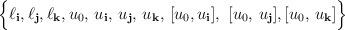
LaTeX: \begin{align*}{\Bigl{\{}\ell_{\bf i}, \ell_{\bf j}, \ell_{\bf k}, u_{0},\,u_{\bf i},\,u_{\bf j},\,u_{\bf k},\,[u_{0}, u_{\bf i}],~[u_{0},\,u_{\bf j}], [u_{0}, \,u_{\bf k}]\Bigr\}}\end{align*}